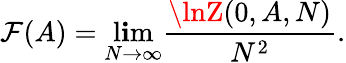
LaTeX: \mathcal{F}(A)=\operatorname*{l\mathbf{i}m}_{N\rightarrow\infty}\frac{{\lnZ(0,A,N)}}{{N^{2}}}.